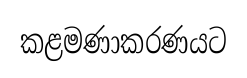
කළමණාකරණයට